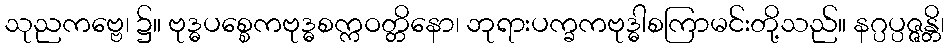
သုညကဗ္ဗေ၊ ၌။ ဗုဒ္ဓပစ္စေကဗုဒ္ဓစက္ကဝတ္တိနော၊ ဘုရားပက္ခကဗုဒ္ဓါစကြာမင်းတို့သည်။ နဂ္ပပ္ပဇ္ဇန္တိ၊